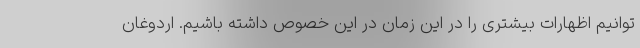
توانیم اظهارات بیشتری را در این زمان در این خصوص داشته باشیم. اردوغان